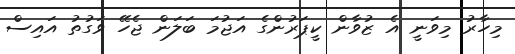
މިހާރު މިވަނީ އެ ޒުވާން ކީޕަރުންގެ އަޖުމަ ބަލަން ޖެހޭ ވަގުތު އައިސް